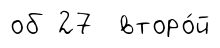
об 27 второ́й